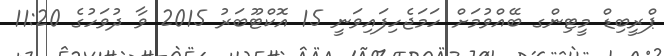
ޕްރީބިޑް މީޓިންގ ބޭއްވުމަށް ހަމަޖެހިފައިވަނީ 15 އޮކްޓޫބަރު 2015 ވާ ދުވަހުގެ 11:20